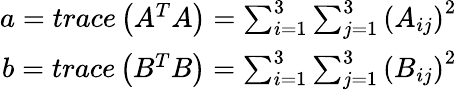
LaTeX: \begin{array}{r}{a=trace\left({A^{T}A}\right)={\sum_{i=1}^{3}{\sum_{j=1}^{3}\left(A_{ij}\right)^{2}}}}\\ {b=trace\left({B^{T}B}\right)={\sum_{i=1}^{3}{\sum_{j=1}^{3}\left(B_{ij}\right)^{2}}}}\end{array}